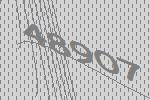
48907